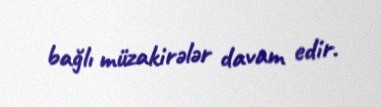
bağlı müzakirələr davam edir.